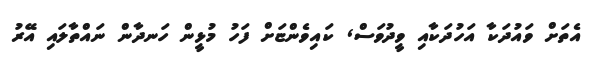
އެތަށް ވައުދަކާ އަހުދަކާއި ވީދުވަސް